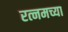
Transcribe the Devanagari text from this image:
रत्नमच्या